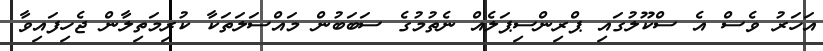
އަހަރު ވެސް އެ ސްކޫލުގައި ޕްރިންސިޕަލެއް ނެތުމުގެ ސަބަބުން މައްސަލަތަކާ ކުރިމަތިލާން ޖެހިފައިވާ